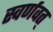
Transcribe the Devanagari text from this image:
स्वर्णवत्